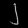
Digit: ၂